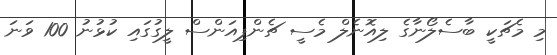
މި މެޗަކީ ބާސެލޯނާގެ ލިއޮނެލް މެސީ ޗެންޕިއަންސް ލީގުގައި ކުޅުނު 100 ވަނަ